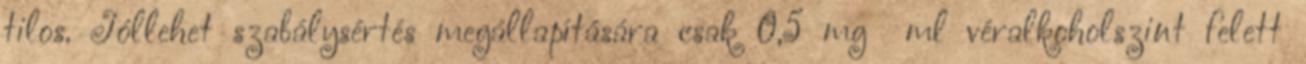
tilos. Jóllehet szabálysértés megállapítására csak 0,5 mg ml véralkoholszint felett